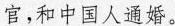
官，和中国人通婚。